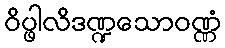
ဝိပ္ဖါလိဒဏ္ဍသောဝဏ္ဏံ